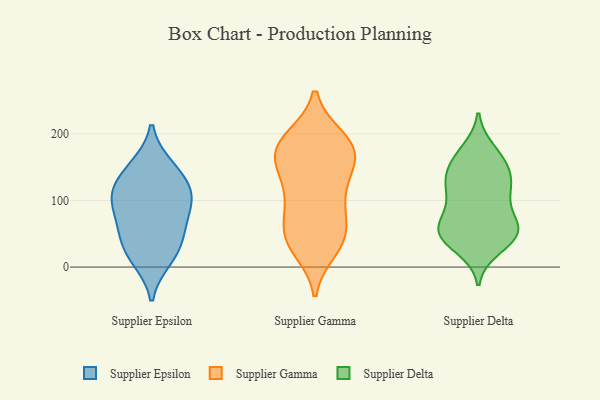
{"axis": {"x": "Backlog", "y": "Value"}, "legend": ["Supplier Delta", "Supplier Epsilon", "Supplier Gamma"], "data": [{"x": "", "y": 151, "type": "Supplier Epsilon"}, {"x": "", "y": 111, "type": "Supplier Epsilon"}, {"x": "", "y": 61, "type": "Supplier Epsilon"}, {"x": "", "y": 96, "type": "Supplier Epsilon"}, {"x": "", "y": 109, "type": "Supplier Epsilon"}, {"x": "", "y": 21, "type": "Supplier Epsilon"}, {"x": "", "y": 112, "type": "Supplier Epsilon"}, {"x": "", "y": 12, "type": "Supplier Epsilon"}, {"x": "", "y": 68, "type": "Supplier Epsilon"}, {"x": "", "y": 39, "type": "Supplier Epsilon"}, {"x": "", "y": 145, "type": "Supplier Epsilon"}, {"x": "", "y": 34, "type": "Supplier Gamma"}, {"x": "", "y": 191, "type": "Supplier Gamma"}, {"x": "", "y": 184, "type": "Supplier Gamma"}, {"x": "", "y": 47, "type": "Supplier Gamma"}, {"x": "", "y": 193, "type": "Supplier Gamma"}, {"x": "", "y": 179, "type": "Supplier Gamma"}, {"x": "", "y": 67, "type": "Supplier Gamma"}, {"x": "", "y": 168, "type": "Supplier Gamma"}, {"x": "", "y": 43, "type": "Supplier Gamma"}, {"x": "", "y": 46, "type": "Supplier Gamma"}, {"x": "", "y": 89, "type": "Supplier Gamma"}, {"x": "", "y": 27, "type": "Supplier Gamma"}, {"x": "", "y": 183, "type": "Supplier Gamma"}, {"x": "", "y": 129, "type": "Supplier Gamma"}, {"x": "", "y": 157, "type": "Supplier Gamma"}, {"x": "", "y": 98, "type": "Supplier Gamma"}, {"x": "", "y": 106, "type": "Supplier Gamma"}, {"x": "", "y": 144, "type": "Supplier Gamma"}, {"x": "", "y": 161, "type": "Supplier Gamma"}, {"x": "", "y": 113, "type": "Supplier Delta"}, {"x": "", "y": 49, "type": "Supplier Delta"}, {"x": "", "y": 58, "type": "Supplier Delta"}, {"x": "", "y": 47, "type": "Supplier Delta"}, {"x": "", "y": 92, "type": "Supplier Delta"}, {"x": "", "y": 65, "type": "Supplier Delta"}, {"x": "", "y": 72, "type": "Supplier Delta"}, {"x": "", "y": 47, "type": "Supplier Delta"}, {"x": "", "y": 50, "type": "Supplier Delta"}, {"x": "", "y": 166, "type": "Supplier Delta"}, {"x": "", "y": 135, "type": "Supplier Delta"}, {"x": "", "y": 175, "type": "Supplier Delta"}, {"x": "", "y": 29, "type": "Supplier Delta"}, {"x": "", "y": 49, "type": "Supplier Delta"}, {"x": "", "y": 130, "type": "Supplier Delta"}, {"x": "", "y": 152, "type": "Supplier Delta"}, {"x": "", "y": 157, "type": "Supplier Delta"}, {"x": "", "y": 119, "type": "Supplier Delta"}, {"x": "", "y": 117, "type": "Supplier Delta"}]}